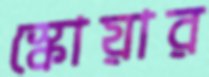
স্কোয়ার